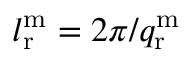
l _ { \mathrm { r } } ^ { \mathrm { m } } = 2 \pi / q _ { \mathrm { r } } ^ { \mathrm { m } }